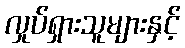
လှုပ်ရှားသူများနှင့်